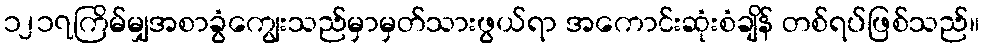
၁၂၁၇ကြိမ်မျှအစာခွံကျွေးသည်မှာမှတ်သားဖွယ်ရာ အကောင်းဆုံးစံချိန် တစ်ရပ်ဖြစ်သည်။